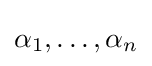
\alpha _{1},\dots ,\alpha _{n}